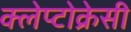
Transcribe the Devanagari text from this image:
क्लेप्टोक्रेसी